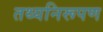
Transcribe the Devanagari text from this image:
तथ्यनिरूपण